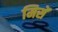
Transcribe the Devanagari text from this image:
मिसें